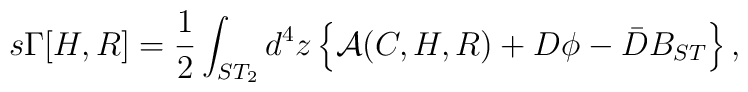
s\Gamma[H,R]=\frac{1}{2}\int_{ST_{2}} d^{4}z\left\{{\cal A}(C,H,R)+D\phi-\bar{D}B_{ST}\right\},